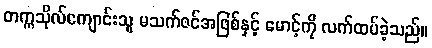
တက္ကသိုလ်ကျောင်းသူ မသက်ဇင်အဖြစ်နှင့် မောင့်ကို လက်ထပ်ခဲ့သည်။